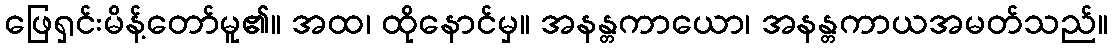
ဖြေရှင်းမိန့်တော်မူ၏။ အထ၊ ထိုနောင်မှ။ အနန္တကာယော၊ အနန္တကာယအမတ်သည်။